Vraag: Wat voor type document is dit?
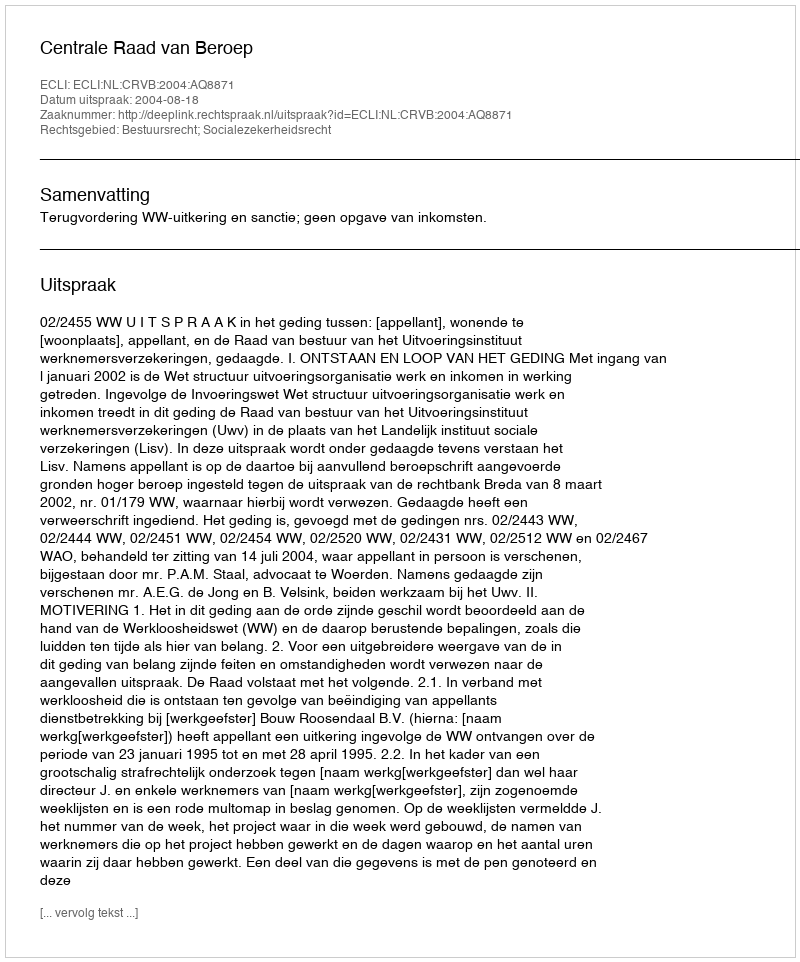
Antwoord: Uitspraak